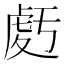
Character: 𧆶